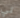
تي